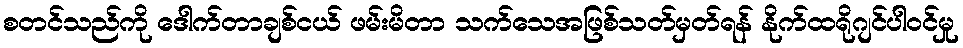
စတင်သည်ကို ဒေါက်တာချစ်ငယ် ဖမ်းမိတာ သက်သေအဖြစ်သတ်မှတ်ရန် နိုက်ထရိုဂျင်ပါဝင်မှု